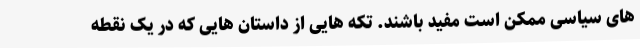
های سیاسی ممکن است مفید باشند. تکه هایی از داستان هایی که در یک نقطه